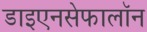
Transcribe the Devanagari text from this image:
डाइएनसेफालॉन